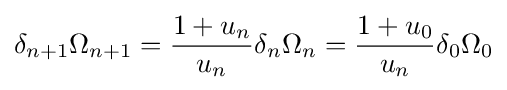
\delta _{n+1}\Omega _{n+1}={\frac {1+u_{n}}{u_{n}}}\delta _{n}\Omega _{n}={\frac {1+u_{0}}{u_{n}}}\delta _{0}\Omega _{0}